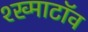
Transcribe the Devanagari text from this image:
श्ख्माटॉव